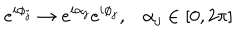
e ^ { i \phi _ { j } } \to e ^ { i \alpha _ { j } } e ^ { i \phi _ { j } } , \alpha _ { j } \in [ 0 , 2 \pi ]